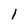
Character: l